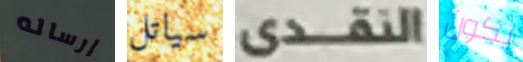
إرساله سياتل النقدى يكون